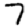
Digit: 7